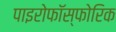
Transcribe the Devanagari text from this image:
पाइरोफॉस्फोरिक